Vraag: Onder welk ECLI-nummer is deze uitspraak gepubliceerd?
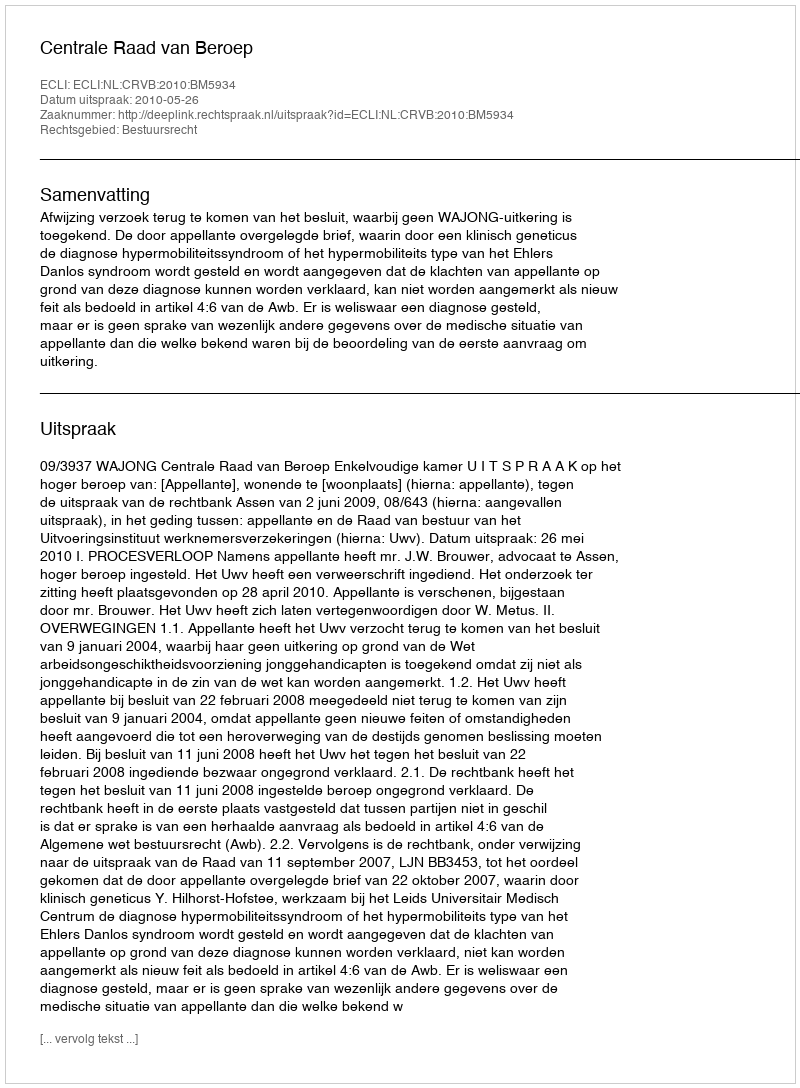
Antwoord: ECLI:NL:CRVB:2010:BM5934